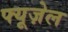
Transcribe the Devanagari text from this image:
फ्यूज़ेल